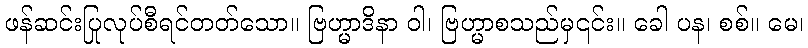
ဖန်ဆင်းပြုလုပ်စီရင်တတ်သော။ ဗြဟ္မာဒိနာ ဝါ၊ ဗြဟ္မာစသည်မှ၎င်း။ ခေါ ပန၊ စစ်။ မေ၊